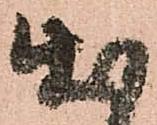
出